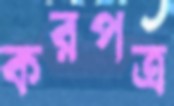
করপত্র